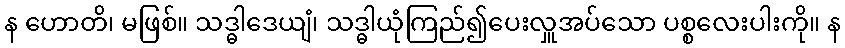
န ဟောတိ၊ မဖြစ်။ သဒ္ဓါဒေယျံ၊ သဒ္ဓါယုံကြည်၍ပေးလှူအပ်သော ပစ္စလေးပါးကို။ န